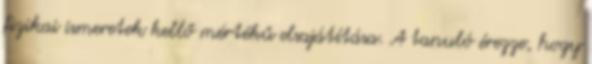
fizikai ismeretek kellő mértékű elsajátítása. A tanuló érezze, hogy